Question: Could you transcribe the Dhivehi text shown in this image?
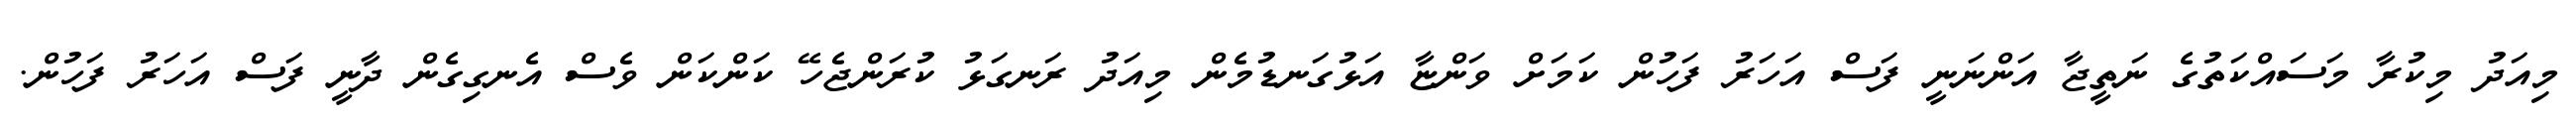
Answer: މިއަދު މިކުރާ މަސައްކަތުގެ ނަތީޖާ އަންނަނީ ފަސް އަހަރު ފަހުން ކަމަށް ވަންޏާ އަޅުގަނޑުމެން މިއަދު ރަނގަޅު ކުރަންޖެހޭ ކަންކަން ވެސް އެނގިގެން ދާނީ ފަސް އަހަރު ފަހުން.